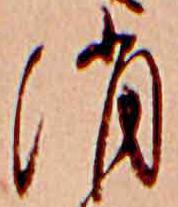
消